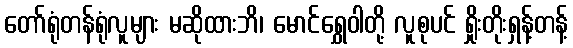
တော်ရုံတန်ရုံလူများ မဆိုထားဘိ၊ မောင်ရွှေဝါတို့ လူစုပင် ရှိုးတိုးရှန့်တန့်